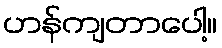
ဟန်ကျတာပေါ့။